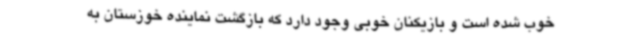
خوب شده است و بازیکنان خوبی وجود دارد که بازگشت نماینده خوزستان به